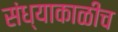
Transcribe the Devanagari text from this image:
संध्याकाळीच